Indian journal of veterinary science and animal husbandry - Volume 4,
Year: 1934
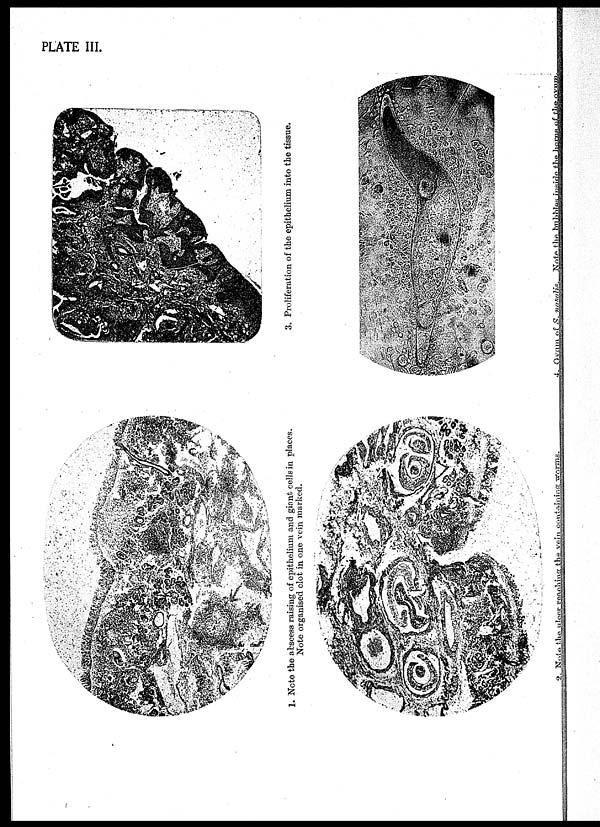
PLATE III.
1. Note the abscess raising of epithelium and giant cells in places.
Note organised clot in one vein marked.
2. Note the ulcer reaching the vein containing worms.
3. Proliferation of the epithelium into the tissue.
4. Oram of S. nasalis.
Note the bubbles inside the horns of the ovum.